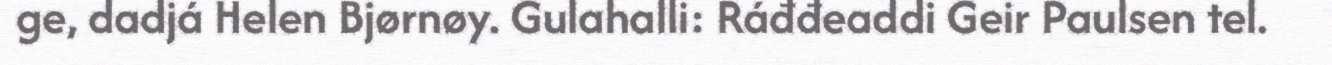
ge, dadjá Helen Bjørnøy. Gulahalli: Ráđđeaddi Geir Paulsen tel.